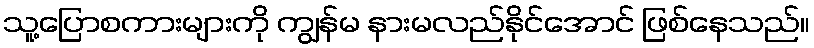
သူ့ပြောစကားများကို ကျွန်မ နားမလည်နိုင်အောင် ဖြစ်နေသည်။